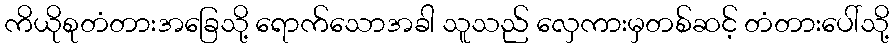
ကိယိုစုတံတားအခြေသို့ ရောက်သောအခါ သူသည် လှေကားမှတစ်ဆင့် တံတားပေါ်သို့